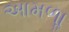
આમળાૢ